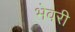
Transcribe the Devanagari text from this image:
भेवरी